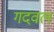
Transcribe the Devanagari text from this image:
गदवल